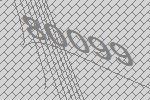
80099